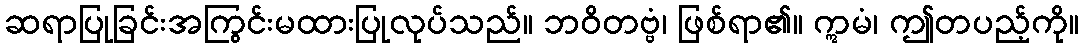
ဆရာပြုခြင်းအကြွင်းမထားပြုလုပ်သည်။ ဘဝိတဗ္ဗံ၊ ဖြစ်ရာ၏။ ဣမံ၊ ဤတပည့်ကို။